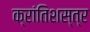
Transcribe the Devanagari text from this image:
क्रांतिशस्त्र